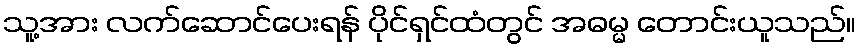
သူ့အား လက်ဆောင်ပေးရန် ပိုင်ရှင်ထံတွင် အဓမ္မ တောင်းယူသည်။